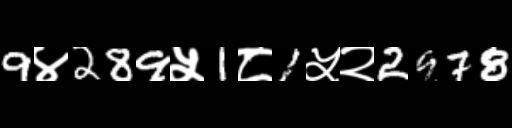
Text: 9४289५1८1५२2978